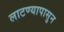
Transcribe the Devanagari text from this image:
लाटण्यापासुन